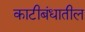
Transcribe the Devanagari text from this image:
काटीबंधातील